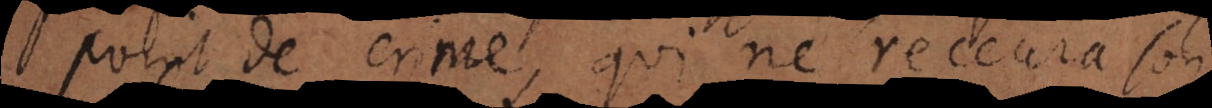
point de crime, qui ne recevra son